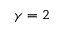
\gamma = 2